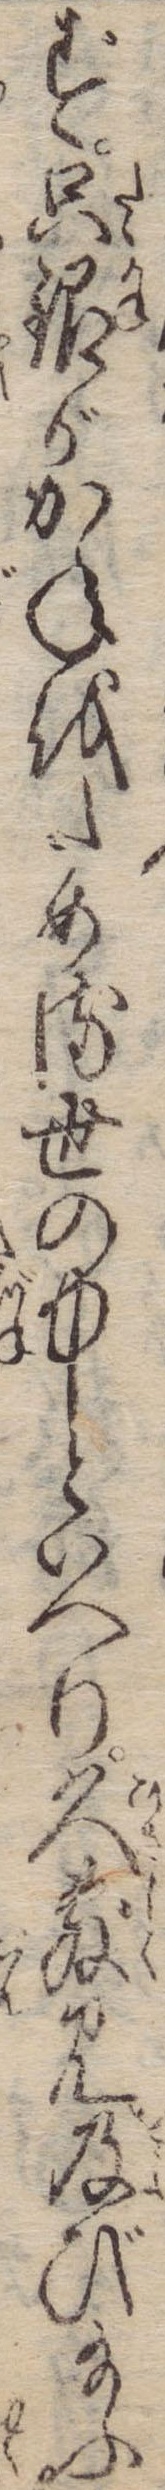
ず只銀がかねをためる世の中といへり久敷見及び給ふ